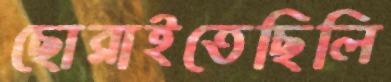
ছোব্‌লাইতেছিলি